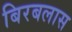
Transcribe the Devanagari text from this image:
बिरबलास